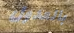
بالعدول